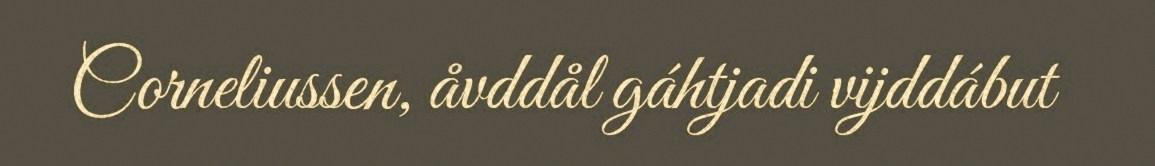
Corneliussen, åvddål gáhtjadi vijddábut